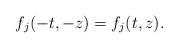
LaTeX: \begin{align*}f_j(-t,-z)=f_j(t,z).\end{align*}